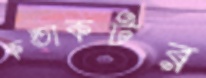
কন্ডাকটর